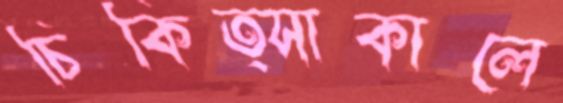
চিকিত্সাকালে